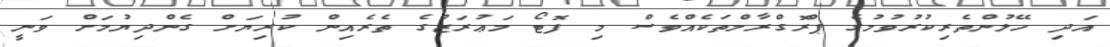
އަދި ހޭލުންތެރިކުރުވުމުގެ ޕްރޮގްރާމްތަކެއްވެސް މި ފޮޓޯ މަޢުރަޒުގެ ތެރެއިން ކުރިޔަށް ގެންދިޔުމަށް ވަނީ